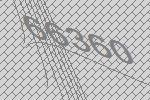
66360